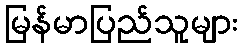
မြန်မာပြည်သူများ